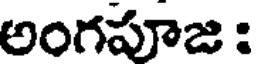
అంగపూజ :